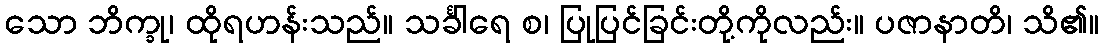
သော ဘိက္ခု၊ ထိုရဟန်းသည်။ သင်္ခါရေ စ၊ ပြုပြင်ခြင်းတို့ကိုလည်း။ ပဇာနာတိ၊ သိ၏။